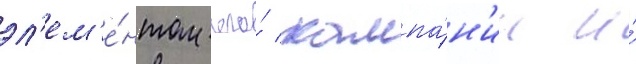
эл'ем'е́нтом его́ кампа́н'ии и́